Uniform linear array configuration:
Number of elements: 48
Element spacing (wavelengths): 0.75
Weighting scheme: binomial
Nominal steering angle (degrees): -45
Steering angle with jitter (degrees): -45.84
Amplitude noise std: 0.05
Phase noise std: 0.05

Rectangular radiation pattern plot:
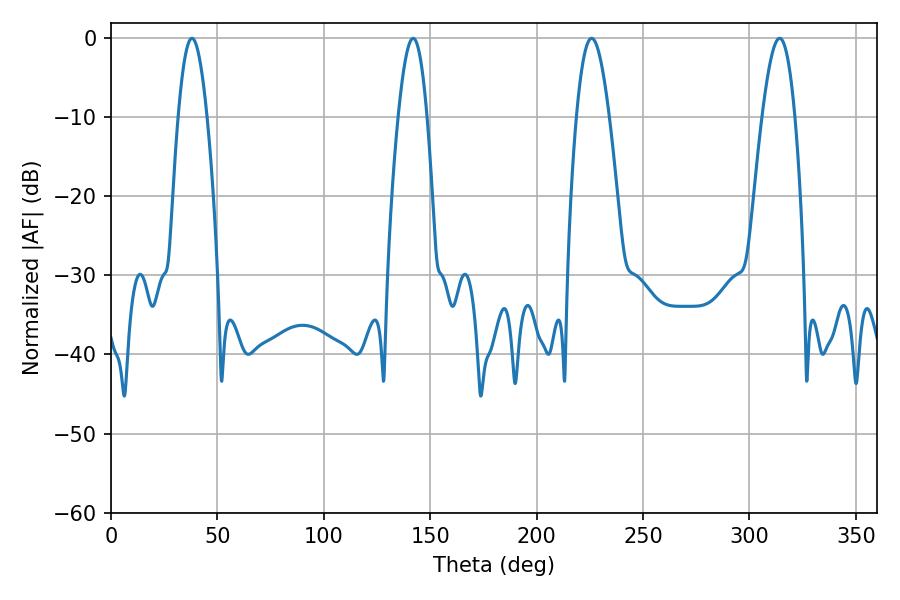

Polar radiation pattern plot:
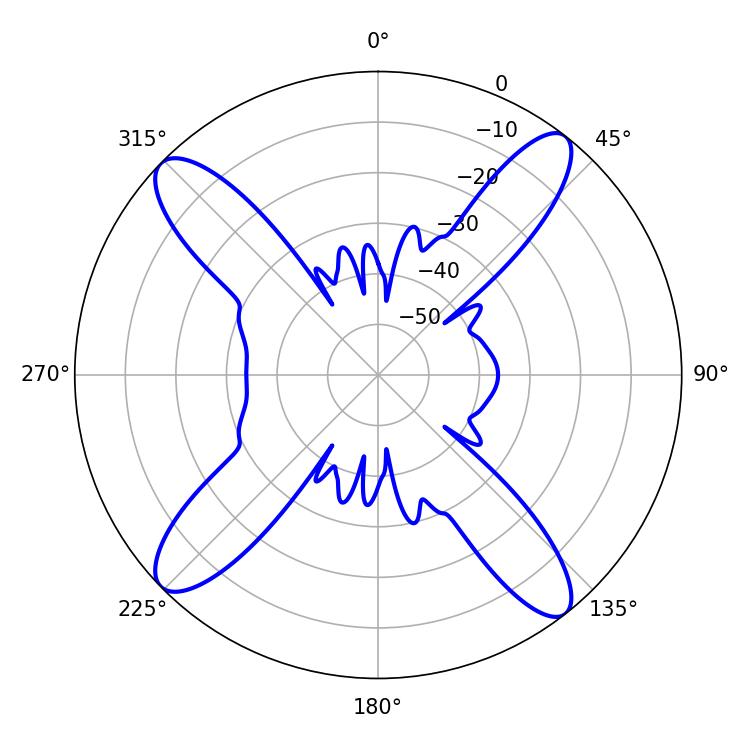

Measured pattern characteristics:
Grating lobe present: TRUE
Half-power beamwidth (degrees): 7.38
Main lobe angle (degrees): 37.98